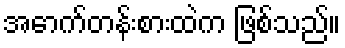
အောက်တန်းစားထဲက ဖြစ်သည်။